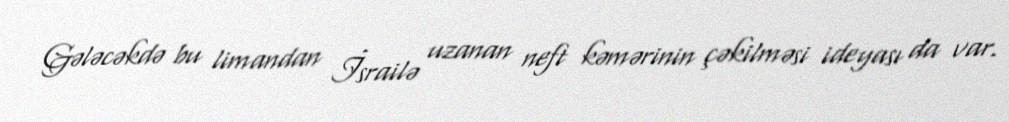
Gələcəkdə bu limandan İsrailə uzanan neft kəmərinin çəkilməsi ideyası da var.